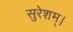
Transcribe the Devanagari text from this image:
सुरेशम्।